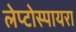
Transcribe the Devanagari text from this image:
लेप्टोस्पायरा